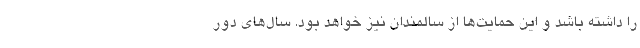
را داشته باشد و این حمایت‌ها از سالمندان نیز خواهد بود. سال‌های دور